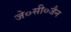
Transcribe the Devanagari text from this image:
जे०सी०जैन